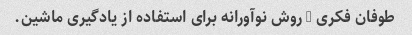
طوفان فکری 3 روش نوآورانه برای استفاده از یادگیری ماشین.